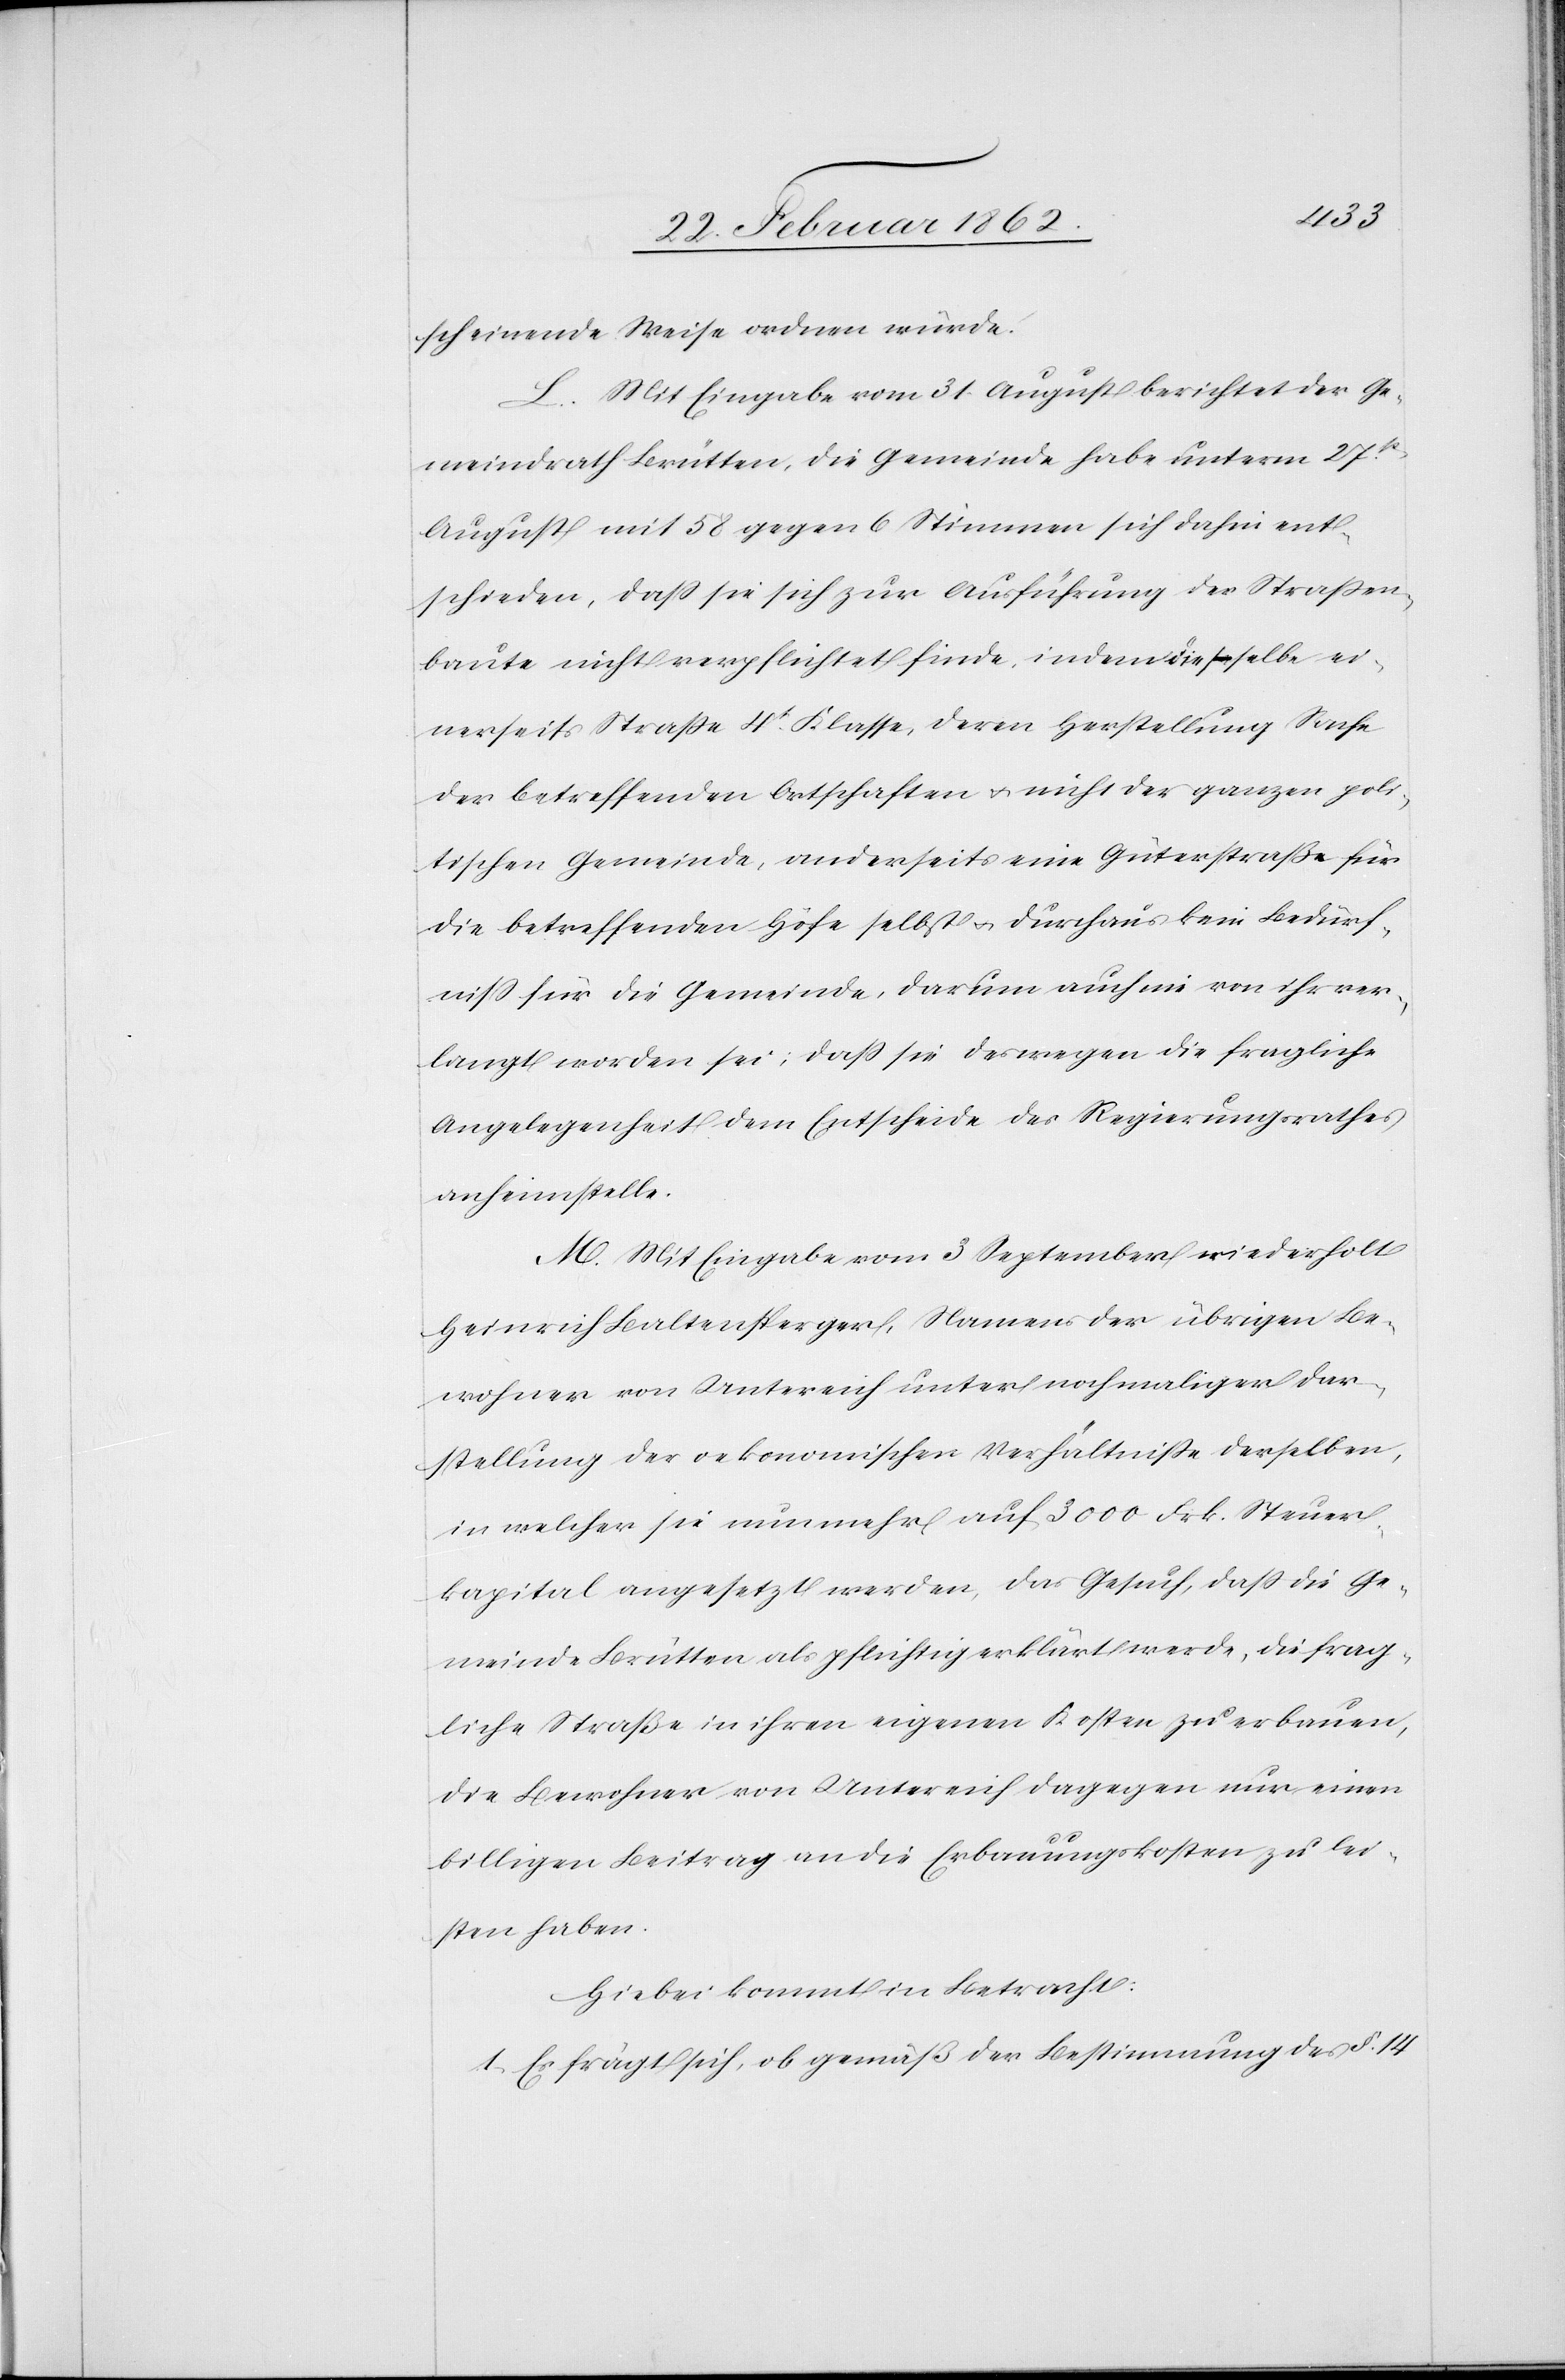
scheinende Weise. ordnen würde.
L. Mit Eingabe vom 31. August berichtet der Ge¬
meindrath Brütten, die Gemeinde habe unterm 27t.
August mit 58 gegen 6 Stimmen sich dahin ent¬
schieden, daß sie sich zur Ausführung der Straßen¬
baute nicht verpflichtet finde, indem die selbe ei¬
nerseits Straße 4t. Klasse, deren Herstellung Sache
der betreffenden Ortschaften u. nicht der ganzen poli¬
tischen Gemeinde, anderseits eine Güterstraße für
die betreffenden Höfe selbst u. durchaus kein Bedürf¬
niß für die Gemeinde, darum auch nie von ihr ver¬
langt worden sei; daß sie deswegen die fragliche
Angelegenheit dem Entscheide des Regierungsrathes
anheimstelle.
M. Mit Eingabe vom 3 September wiederholt
Heinrich Baltensperger, Namens der übrigen Be¬
wohner von Untereich unter nochmaliger Dar¬
stellung der oekonomischen Verhältniße derselben,
in welcher sie nunmehr auf 3000 Frk. Steuer¬
kapital angesetzt werden, das Gesuch, daß die Ge¬
meinde Brütten als pflichtig erklärt werde, die frag¬
liche Straße in ihren eigenen Kosten zu erbauen,
die Bewohner von Untereich dagegen nur einen
billigen Beitrag an die Erbauungskosten zu lei¬
sten haben.
Hiebei kommt in Betracht:
1) Es frägt sich, ob gemäß der Bestimmung des §. 14